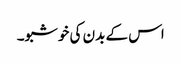
اس کے بدن کی خوشبو۔